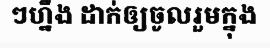
ៗហ្នឹង ដាក់ឲ្យចូលរួមក្នុង